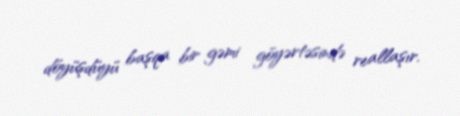
döyüşdüyü başqa bir gəmi göyərtəsində reallaşır.